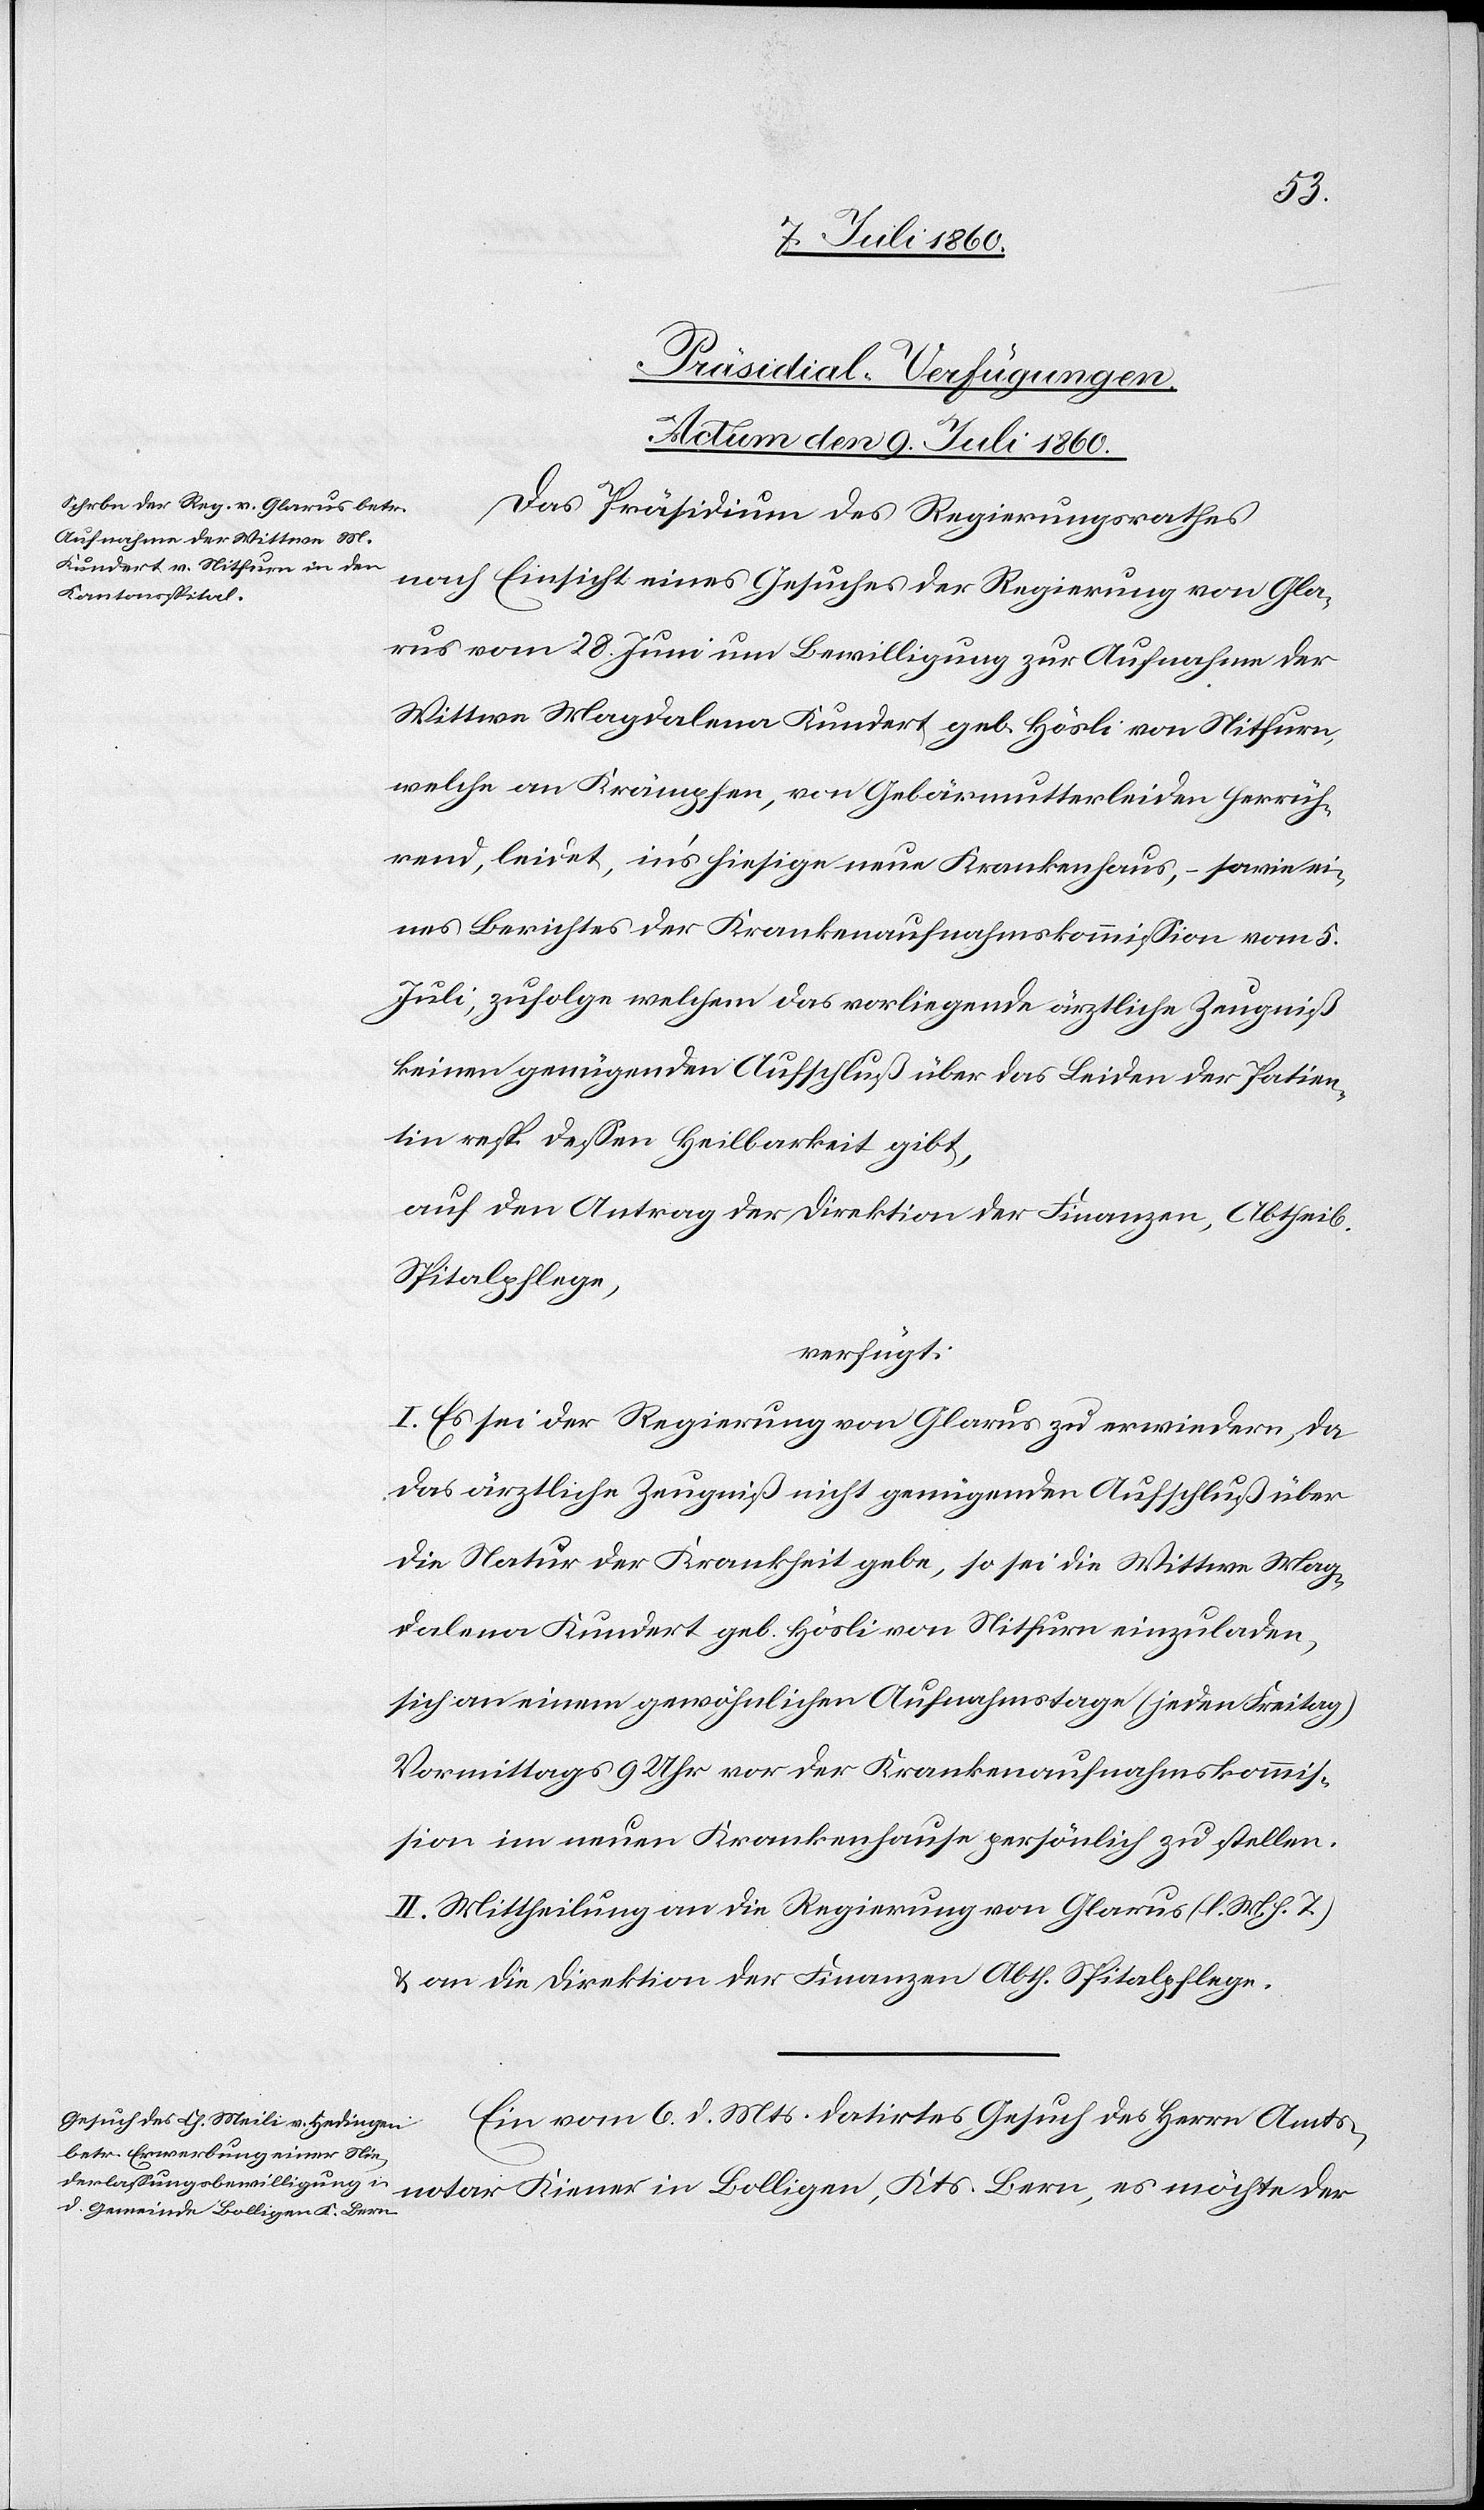
[Präsidial-Verfügungen.
Actum den 9. Juli 1860.]
Das Präsidium des Regierungsrathes
nach Einsicht eines Gesuches der Regierung von Gla¬
rus vom 28. Juni um Bewilligung zur Aufnahme der
Wittwe Magdalena Kundert geb. Hösli von Nitfurn,
welche an Krämpfen, von Gebärmutterleiden herrüh¬
rend, leidet, ins hiesige neue Krankenhaus, – sowie ei¬
nes Berichtes der Krankenaufnahmskommission vom 5.
Juli, zufolge welchem das vorliegende ärztliche Zeugniß
keinen genügenden Aufschluß über das Leiden der Patien¬
tin resp. dessen Heilbarkeit gibt,
auf den Antrag der Direktion der Finanzen, Abtheil.
Spitalpflege,
verfügt:
I. Es sei der Regierung von Glarus zu erwiedern, da
das ärztliche Zeugniß nicht genügenden Aufschluß über
die Natur der Krankheit gebe, so sei die Wittwe Mag¬
dalena Kundert geb. Hösli von Nitfurn einzuladen,
sich an einem gewöhnlichen Aufnahmstage (jeden Freitag)
Vormittags 9 Uhr vor der Krankenaufnahmskommis¬
sion im neuen Krankenhause persönlich zu stellen.
II. Mittheilung an die Regierung von Glarus (l. M. h. T.)
& an die Direktion der Finanzen Abth. Spitalpflege.
Ein vom 6. d. Mts. datirtes Gesuch des Herrn Amts¬
notar Kiener in Bolligen, Kts. Bern, es möchte der